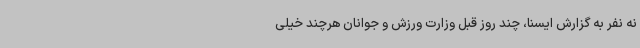
نه نفر به گزارش ایسنا، چند روز قبل وزارت ورزش و جوانان هرچند خیلی